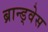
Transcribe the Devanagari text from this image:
ब्रान्ड्वेस